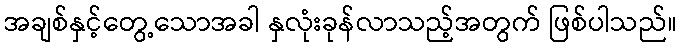
အချစ်နှင့်တွေ့သောအခါ နှလုံးခုန်လာသည့်အတွက် ဖြစ်ပါသည်။